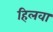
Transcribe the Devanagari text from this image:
हिलवा